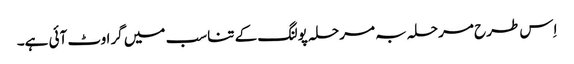
اِس طرح مرحلہ بہ مرحلہ پولنگ کے تناسب میں گراوٹ آئی ہے۔